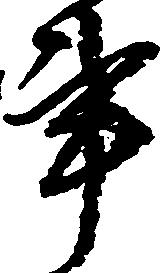
事